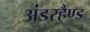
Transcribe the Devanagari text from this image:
अंडरहैण्ड